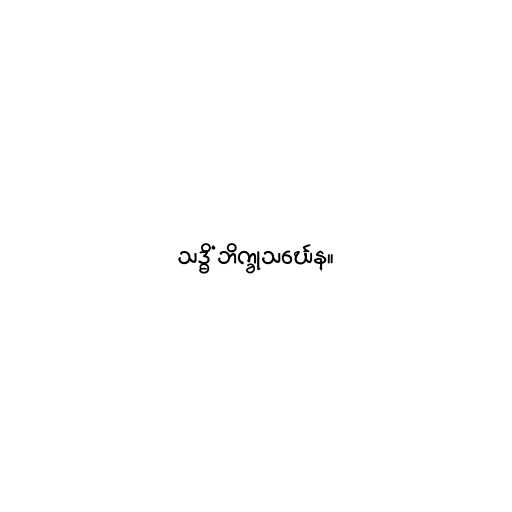
သဒ္ဓိံ ဘိက္ခုသင်္ဃေန။